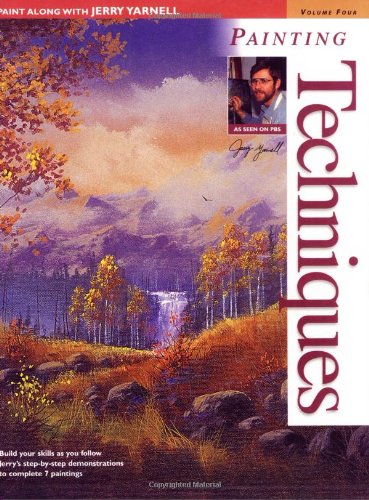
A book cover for Paint Along with Jerry Yarnell Volume Four - Painting Techniques; Jerry Yarnell; Arts & Photography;